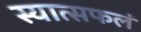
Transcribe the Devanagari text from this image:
स्यात्सफलं